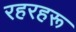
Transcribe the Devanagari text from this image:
रहरहरू